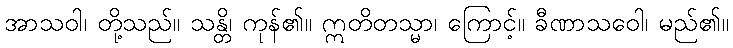
အာသဝါ၊ တို့သည်။ သန္တိ၊ ကုန်၏။ ဣတိတသ္မာ၊ ကြောင့်။ ခီဏာသဝေါ၊ မည်၏။